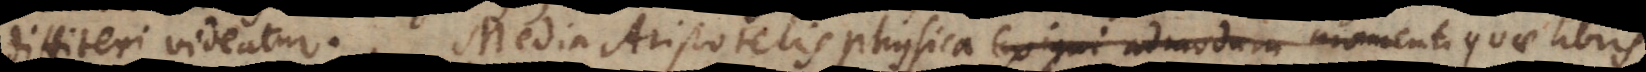
diffiteri videatur. Media Aristotelis physica exigui admodum momenti videtur,